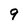
Character: 9